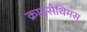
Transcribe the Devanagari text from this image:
क्राइसैंथिमस